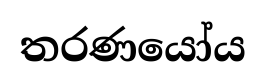
තරණයෝය